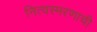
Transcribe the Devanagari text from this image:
नित्यस्मरणाची